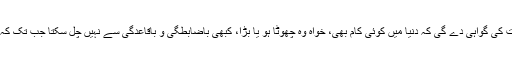
آپ میں سے ہر شخص کی عقل، اس بات کی گواہی دے گی کہ دنیا میں کوئی کام بھی، خواہ وہ چھوٹا ہو یا بڑا، کبھی باضابطگی و باقاعدگی سے نہیں چل سکتا جب تک کہ کوئی ایک شخص اس کا ذمہ دار نہ ہو۔